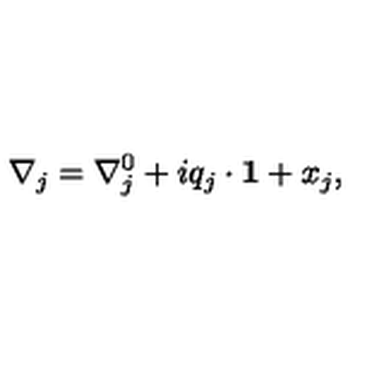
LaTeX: \nabla _ { j } = \nabla _ { j } ^ { 0 } + i q _ { j } \cdot { \bf 1 } + x _ { j } ,